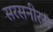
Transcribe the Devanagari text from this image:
सरसनीरस